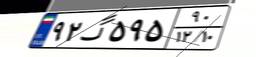
۹۲گ۵۹۵۹۰